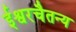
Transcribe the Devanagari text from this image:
ईश्वरचैतन्य